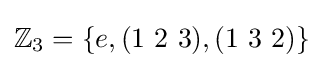
\mathbb {Z} _{3}=\{e,(1\ 2\ 3),(1\ 3\ 2)\}